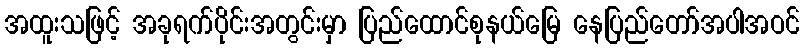
အထူးသဖြင့် အခုရက်ပိုင်းအတွင်းမှာ ပြည်ထောင်စုနယ်မြေ နေပြည်တော်အပါအဝင်